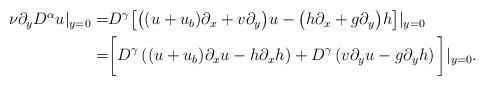
LaTeX: \begin{align*}\begin{aligned}\nu \partial_y D^\alpha u|_{y=0}=&D^\gamma \big[\big((u+u_b)\partial_x +v\partial_y\big)u-\big(h\partial_x+g\partial_y\big)h \big]|_{y=0}\\=& \bigg[D^\gamma \left( (u+u_b)\partial_x u-h\partial_x h\right)+D^\gamma \left(v \partial_y u-g\partial_y h\right)\bigg]|_{y=0}.\end{aligned}\end{align*}